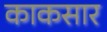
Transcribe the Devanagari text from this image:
काकसार